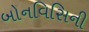
બોનવિસિની